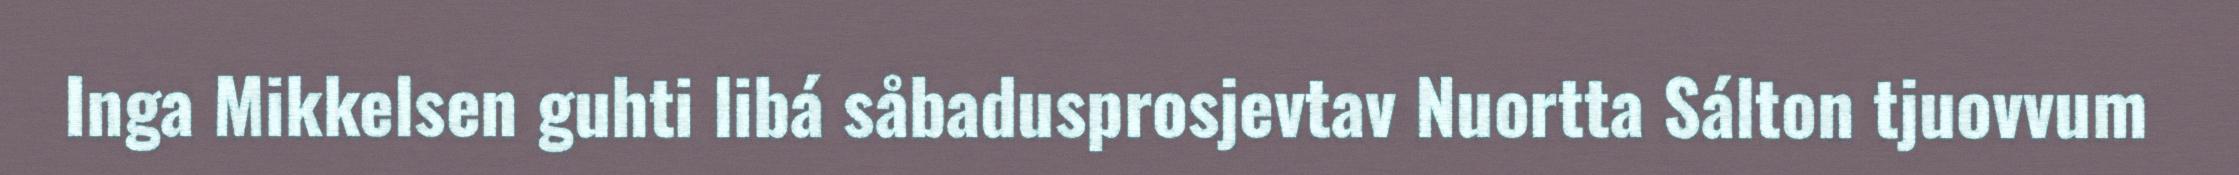
Inga Mikkelsen guhti libá såbadusprosjevtav Nuortta Sálton tjuovvum